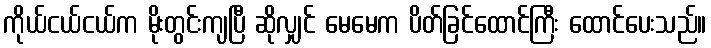
ကိုယ်ငယ်ငယ်က မိုးတွင်းကျပြီ ဆိုလျှင် မေမေက ပိတ်ခြင်ထောင်ကြီး ထောင်ပေးသည်။